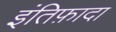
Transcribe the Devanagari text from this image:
इंतिफ़ादा